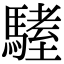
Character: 𩥏